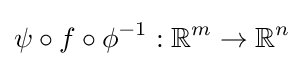
\psi \circ f\circ \phi ^{-1}:\mathbb {R} ^{m}\to \mathbb {R} ^{n}